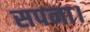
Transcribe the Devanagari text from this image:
सपना।